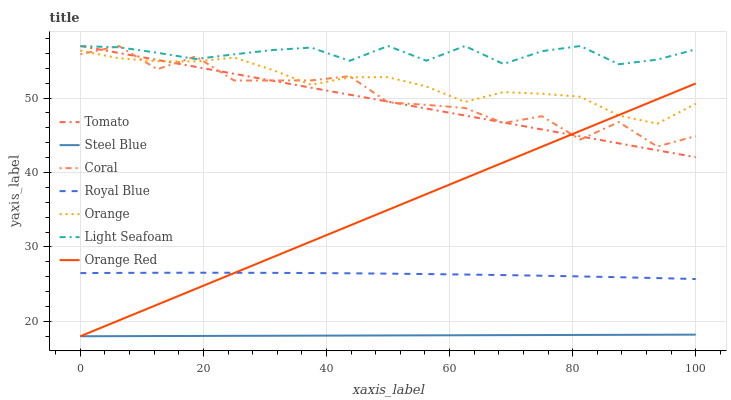
| xaxis_label | Tomato | Steel Blue | Coral | Royal Blue | Orange | Light Seafoam | Orange Red |
 | --- | --- | --- | --- | --- | --- | --- | --- |
 | 0 | 57 | 18 | 55.9 | 26.5 | 56.4 | 57 | 18 |
 | 6.25 | 56.1 | 18 | 57 | 26.5 | 55.4 | 56.8 | 20.1 |
 | 12.5 | 55.1 | 18 | 53.9 | 26.5 | 54.9 | 56.1 | 22.2 |
 | 18.8 | 54.2 | 18 | 55.6 | 26.5 | 54.9 | 55.3 | 24.4 |
 | 25 | 53.3 | 18.1 | 52.4 | 26.5 | 55.4 | 55.9 | 26.5 |
 | 31.2 | 52.3 | 18.1 | 52.4 | 26.5 | 53.8 | 56.5 | 28.6 |
 | 37.5 | 51.4 | 18.1 | 52.4 | 26.5 | 51.8 | 56.8 | 30.7 |
 | 43.8 | 50.5 | 18.1 | 52.9 | 26.5 | 52.8 | 55 | 32.9 |
 | 50 | 49.5 | 18.1 | 49.4 | 26.4 | 52.8 | 57 | 35 |
 | 56.2 | 48.6 | 18.1 | 49.1 | 26.4 | 51.6 | 55 | 37.1 |
 | 62.5 | 47.7 | 18.1 | 48.7 | 26.3 | 49.5 | 57 | 39.2 |
 | 68.8 | 46.7 | 18.1 | 46.6 | 26.2 | 50.8 | 54.6 | 41.4 |
 | 75 | 45.8 | 18.2 | 47.6 | 26.1 | 50.6 | 56.3 | 43.5 |
 | 81.2 | 44.9 | 18.2 | 44.4 | 26 | 50.2 | 57 | 45.6 |
 | 87.5 | 43.9 | 18.2 | 46.8 | 25.9 | 47.7 | 54.5 | 47.7 |
 | 93.8 | 43 | 18.2 | 43.5 | 25.8 | 46.6 | 55.2 | 49.8 |
 | 100 | 42.1 | 18.2 | 44.9 | 25.7 | 49.2 | 56.5 | 52 |